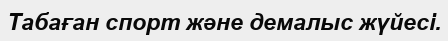
Табаған спорт және демалыс жүйесі.